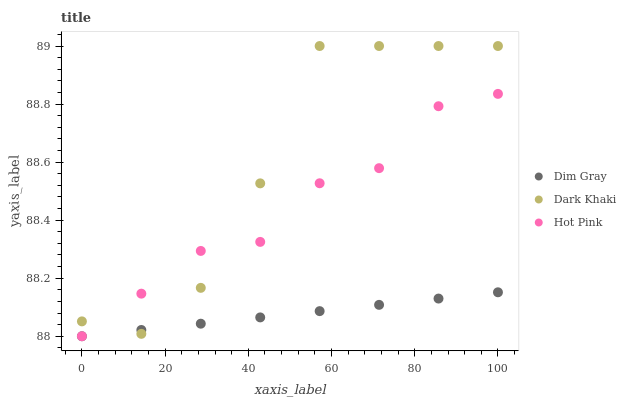
| xaxis_label | Dim Gray | Dark Khaki | Hot Pink |
 | --- | --- | --- | --- |
 | 0 | 88 | 88.1 | 88 |
 | 14.3 | 88 | 88 | 88.1 |
 | 28.6 | 88 | 88.2 | 88.3 |
 | 42.9 | 88.1 | 88.5 | 88.3 |
 | 57.1 | 88.1 | 89 | 88.5 |
 | 71.4 | 88.1 | 89 | 88.6 |
 | 85.7 | 88.1 | 89 | 88.8 |
 | 100 | 88.2 | 89 | 88.8 |